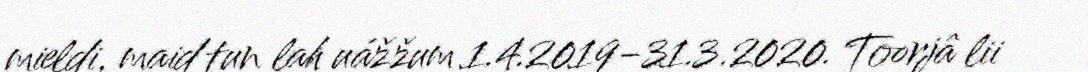
mieldi, maid tun lah uážžum 1.4.2019-31.3.2020. Toorjâ lii